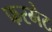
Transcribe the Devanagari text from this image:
फरमेट